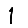
Digit: 1